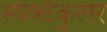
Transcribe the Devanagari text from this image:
स्पेक्टैकुलर